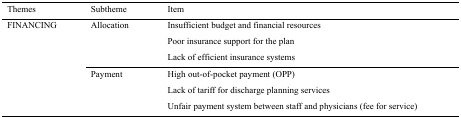
<table><thead><tr><td><b>Themes</b></td><td><b>Subtheme</b></td><td><b>Item</b></td></tr></thead><tbody><tr><td rowspan="3">FINANCING</td><td>Allocation</td><td>Insufficient budget and financial resourcesPoor insurance support for the planLack of efficient insurance systems</td></tr><tr><td>Payment</td><td>High out-of-pocket payment (OPP)Lack of tariff for discharge planning servicesUnfair payment system between staff and physicians (fee for service)</td></tr></tbody></table>